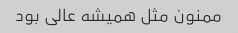
ممنون مثل همیشه عالی بود